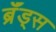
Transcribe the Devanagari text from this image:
ब्रॅंड्स